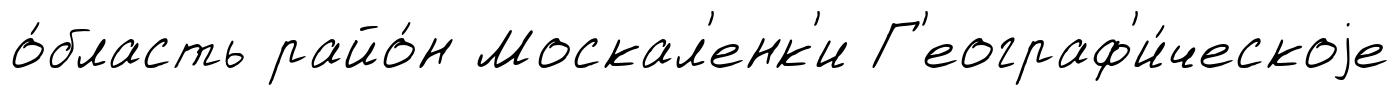
о́бласть райо́н Москал'енк'и Г'еограф'и́ческоjе